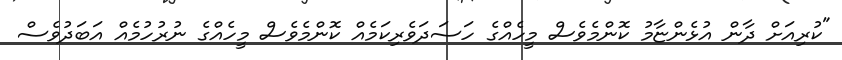
"ކުރިއަށް ދާން އުޅެންޏާމު ކޮންމެވެސް މީހެއްގެ ހަސަދަވެރިކަމެއް ކޮންމެވެސް މީހެއްގެ ނުރުހުމެއް އަބަދުވެސް